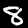
Label: 8